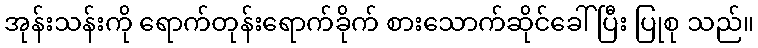
အုန်းသန်းကို ရောက်တုန်းရောက်ခိုက် စားသောက်ဆိုင်ခေါ်ပြီး ပြုစု သည်။